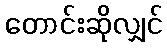
တောင်းဆိုလျှင်